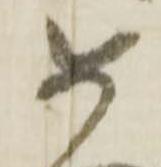
如